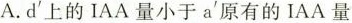
A.d'上的IAA量小于a'原有的IAA量